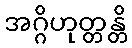
အဂ္ဂိဟုတ္တန္တိ